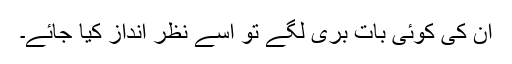
ان کی کوئی بات بری لگے تو اسے نظر انداز کیا جائے۔